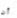
أن